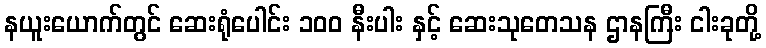
နယူးယောက်တွင် ဆေးရုံပေါင်း ၁၀၀ နီးပါး နှင့် ဆေးသုတေသန ဌာနကြီး ငါးခုတို့